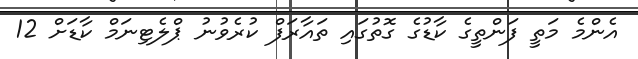
އެންމެ މަތީ ފަންތީގެ ކާޑުގެ ގޮތުގައި ތައާރަފް ކުރެވުނު ޕްލެޓިނަމް ކާޑަށް 12